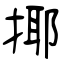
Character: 揶